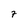
Character: 7